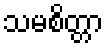
သမစိတ္တာ